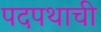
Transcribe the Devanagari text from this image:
पदपथाची